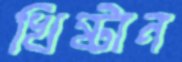
খিষ্টান